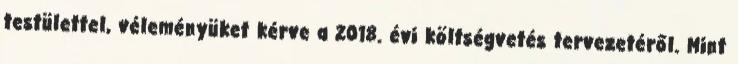
testülettel, véleményüket kérve a 2018. évi költségvetés tervezetéről. Mint